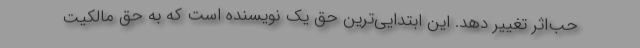
حب‌اثر تغییر دهد. این ابتدایی‌ترین حق یک نویسنده است که به حق مالکیت